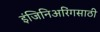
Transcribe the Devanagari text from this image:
इंजिनिअरिंगसाठी